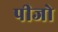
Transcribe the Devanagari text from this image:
पीजो